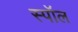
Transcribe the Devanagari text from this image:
स्पॉल